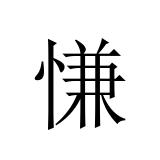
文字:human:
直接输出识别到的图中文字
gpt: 慊